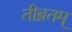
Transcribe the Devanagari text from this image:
तीब्रतम्